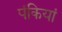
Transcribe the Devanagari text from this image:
पंकियां